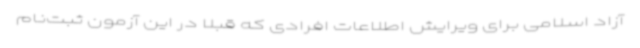
آزاد اسلامی برای ویرایش اطلاعات افرادی که قبلا در این آزمون ثبت‌نام